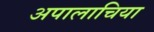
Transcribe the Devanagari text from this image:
अपालाचिया